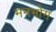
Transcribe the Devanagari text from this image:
मनभोग